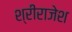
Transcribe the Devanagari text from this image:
श्रीराजेश